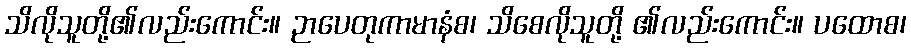
သိလိုသူတို့၏လည်းကောင်း။ ဉာပေတုကာမာနံစ၊ သိစေလိုသူတို့ ၏လည်းကောင်း။ ပထောစ၊